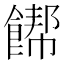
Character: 𲋞